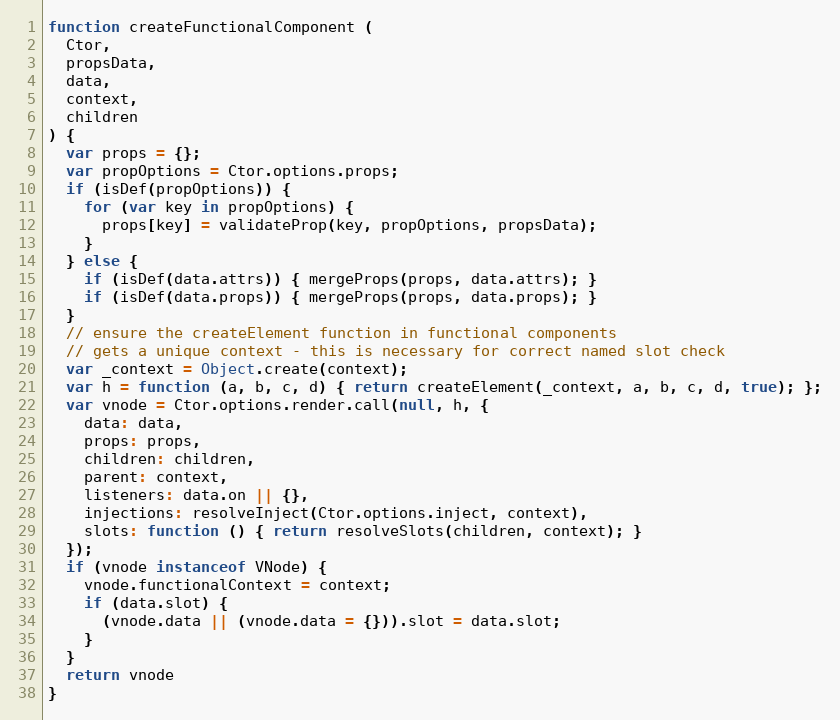
Language: JavaScript
function createFunctionalComponent (
  Ctor,
  propsData,
  data,
  context,
  children
) {
  var props = {};
  var propOptions = Ctor.options.props;
  if (isDef(propOptions)) {
    for (var key in propOptions) {
      props[key] = validateProp(key, propOptions, propsData);
    }
  } else {
    if (isDef(data.attrs)) { mergeProps(props, data.attrs); }
    if (isDef(data.props)) { mergeProps(props, data.props); }
  }
  // ensure the createElement function in functional components
  // gets a unique context - this is necessary for correct named slot check
  var _context = Object.create(context);
  var h = function (a, b, c, d) { return createElement(_context, a, b, c, d, true); };
  var vnode = Ctor.options.render.call(null, h, {
    data: data,
    props: props,
    children: children,
    parent: context,
    listeners: data.on || {},
    injections: resolveInject(Ctor.options.inject, context),
    slots: function () { return resolveSlots(children, context); }
  });
  if (vnode instanceof VNode) {
    vnode.functionalContext = context;
    if (data.slot) {
      (vnode.data || (vnode.data = {})).slot = data.slot;
    }
  }
  return vnode
}